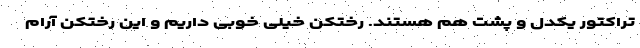
تراکتور یکدل و پشت هم هستند. رختکن خیلی خوبی داریم و این رختکن آرام